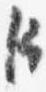
臣